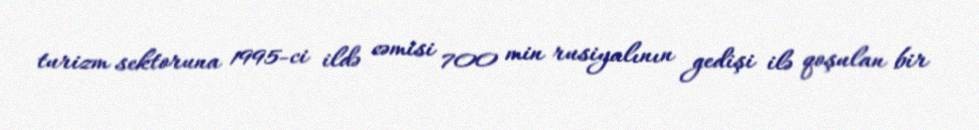
turizm sektoruna 1995-ci ildə cəmisi 700 min rusiyalının gedişi ilə qoşulan bir